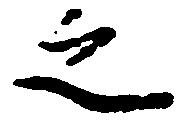
之